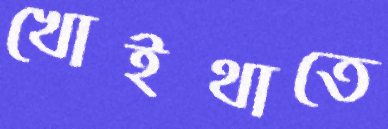
খোইথাতে